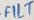
Text: FILT